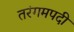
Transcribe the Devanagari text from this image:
तरंगमपदी